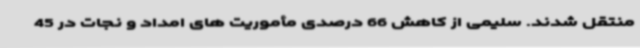
منتقل شدند. سلیمی از کاهش 66 درصدی مأموریت های امداد و نجات در 45